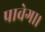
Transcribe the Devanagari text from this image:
पावेगा।